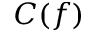
C ( f )